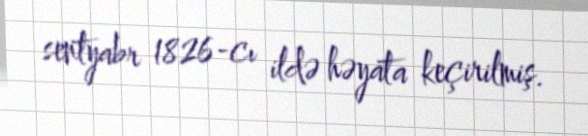
sentyabr 1826-cı ildə həyata keçirilmiş.